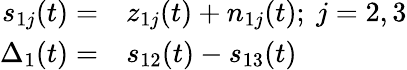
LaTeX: \begin{array}{rl}{s_{1j}(t)=}&{{}z_{1j}(t)+n_{1j}(t);~j=2,3}\\ {\Delta_{1}(t)=}&{{}s_{12}(t)-s_{13}(t)}\end{array}